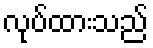
လုပ်ထားသည်